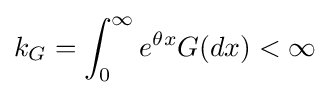
k_{G}=\int _{0}^{\infty }e^{\theta x}G(dx)<\infty